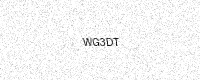
Text: WG3DT